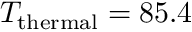
T _ { \mathrm { t h e r m a l } } = 8 5 . 4